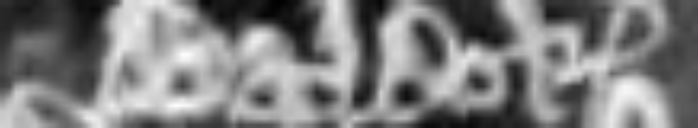
Baldok